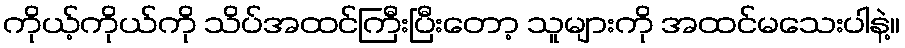
ကိုယ့်ကိုယ်ကို သိပ်အထင်ကြီးပြီးတော့ သူများကို အထင်မသေးပါနဲ့။